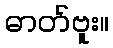
ဓာတ်ဗူး။